Problem: 35 + 29 = ?
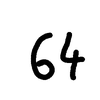
Handwritten answer: 64